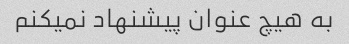
به هیچ عنوان پیشنهاد نمیکنم